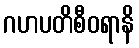
ဂဟပတိစီဝရာနိ